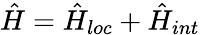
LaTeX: \hat{H}=\hat{H}_{loc}+\hat{H}_{int}